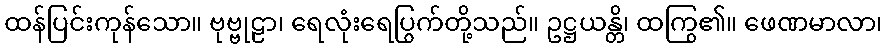
ထန်ပြင်းကုန်သော။ ဗုဗ္ဗုဠာ၊ ရေလုံးရေပြွက်တို့သည်။ ဥဋ္ဌယန္တိ၊ ထကြွ၏။ ဖေဏမာလာ၊